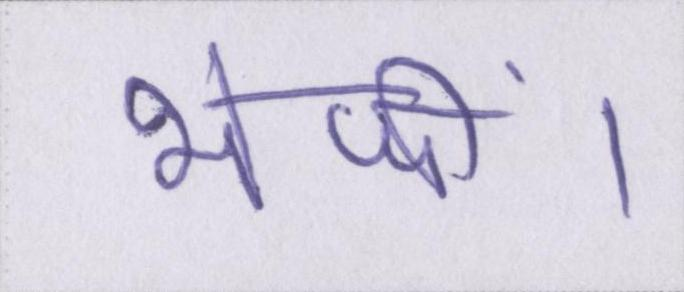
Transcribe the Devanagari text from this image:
भेजीं।